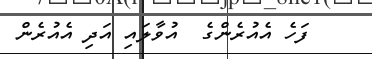
ފަހެ އެއުރެންގެ  އުވާލައި އަދި އެއުރެން